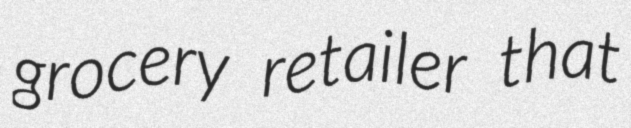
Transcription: grocery retailer that